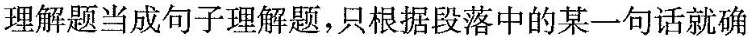
理解题当成句子理解题,只根据段落中的某一句话就确